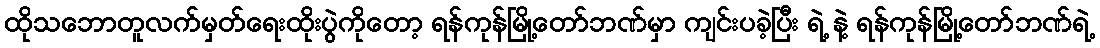
ထိုသဘောတူလက်မှတ်ရေးထိုးပွဲကိုတော့ ရန်ကုန်မြို့တော်ဘဏ်မှာ ကျင်းပခဲ့ပြီး ရဲ့ နဲ့ ရန်ကုန်မြို့တော်ဘဏ်ရဲ့